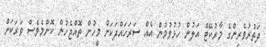
ދަތުރުވެރިންގެ މާރުކޭޓް އަލުން ހުޅުވުމުން އެއް ސަރަހައްދަކަށް މީހުން ތޮއްޖެހުން ކޮންމެވެސް ވަރަކަށް